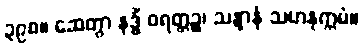
၃၉၈။ ဆေတွာ နဒ္ဓိံ ဝရတ္တဉ္စ၊ သန္ဒာနံ သဟနုက္ကမံ။